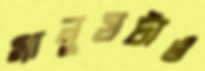
মানুষটাও